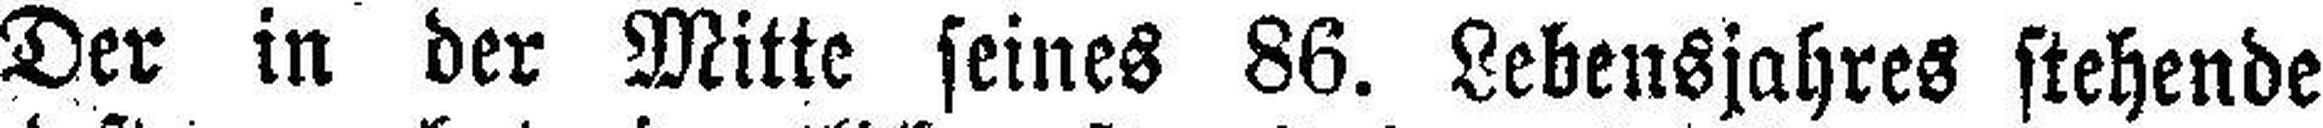
Der in der Mitte seines 86. Lebensjahres stehende